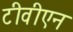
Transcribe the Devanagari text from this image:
टीवीएन